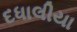
દધાલીયા